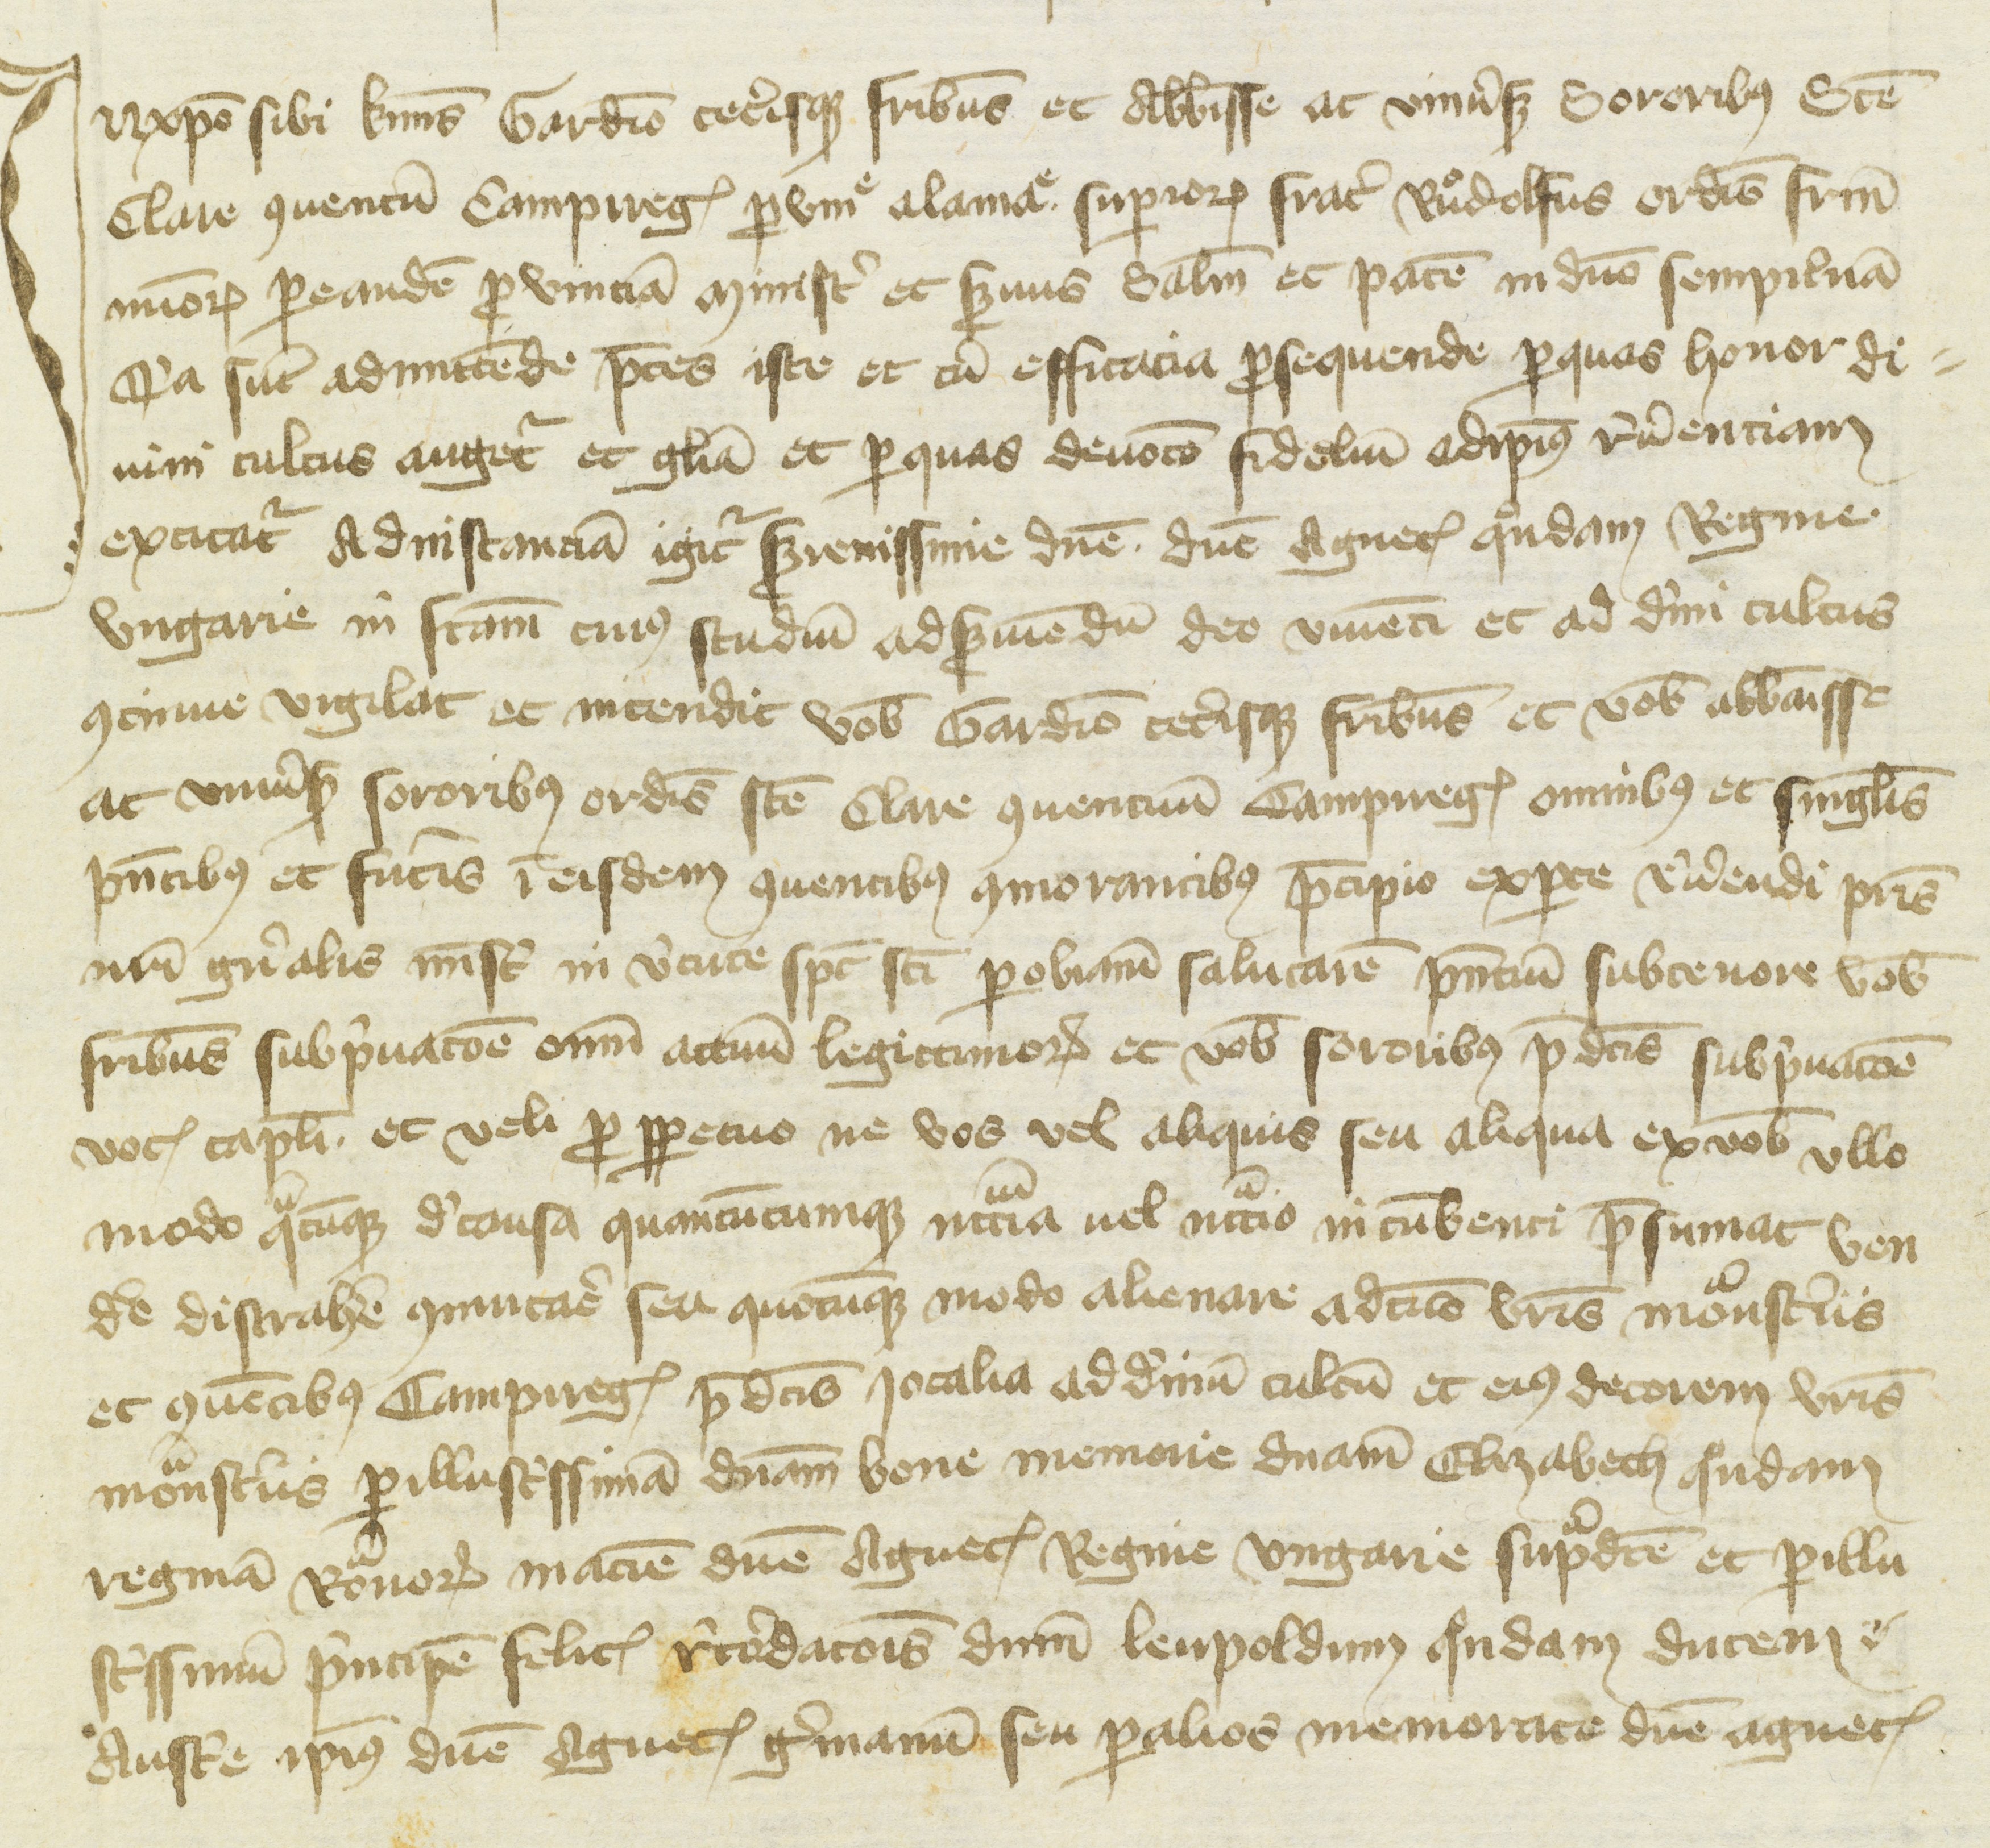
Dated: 1416–1418